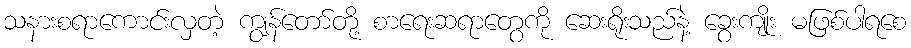
သနားစရာကောင်းလှတဲ့ ကျွန်တော်တို့ စာရေးဆရာတွေကို ဆေးရိုးသည်နဲ့ ခွေးကျိုး မဖြစ်ပါရစေ